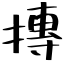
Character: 摶